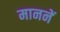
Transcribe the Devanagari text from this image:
माननें